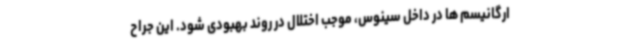
ارگانیسم ها در داخل سینوس، موجب اختلال در روند بهبودی شود. این جراح